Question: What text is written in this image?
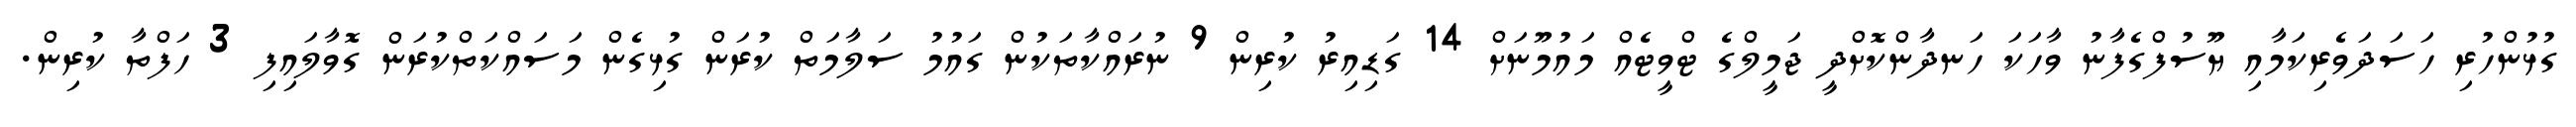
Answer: ގުޅުންހުރި ހަސަދަވެރިކަމާއި ޔޫސުފްގެފާނު ވާހަކަ ހަނދާންކޮށްދީ ޖަމީލްގެ ޓްވީޓެއް މައުމޫނަށް 14 ގަޑިއިރު ކުރިން 9 ނުރައްކާތަކުން ގައުމު ސަލާމަތް ކުރަން ގުޅިގެން މަސައްކަތްކުރަން ގޮވާލައިފި 3 ހަފްތާ ކުރިން.